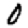
Digit: 0